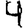
Digit: 4